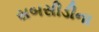
સબસીડીના